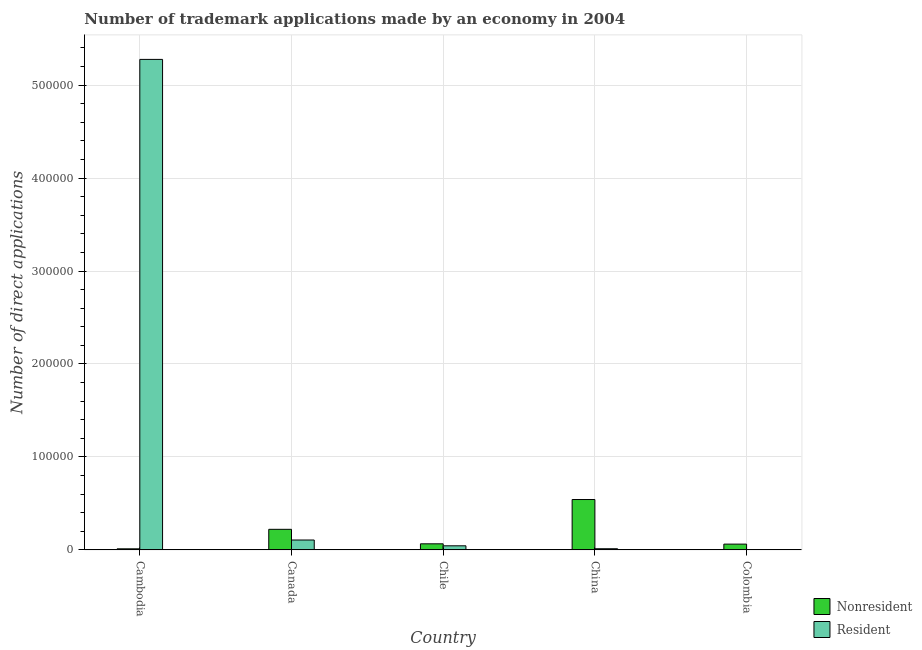
| Country | Nonresident | Resident |
 | --- | --- | --- |
 | Cambodia | 1.19e+03 | 5.28e+05 |
 | Canada | 2.22e+04 | 1.07e+04 |
 | Chile | 6.58e+03 | 4.44e+03 |
 | China | 5.42e+04 | 1.28e+03 |
 | Colombia | 6.25e+03 | 379 |